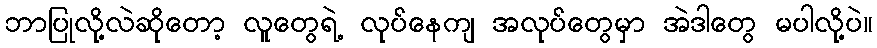
ဘာပြုလို့လဲဆိုတော့ လူတွေရဲ့ လုပ်နေကျ အလုပ်တွေမှာ အဲဒါတွေ မပါလို့ပဲ။